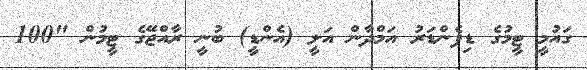
ގައުމީ ޓީމުގެ ޑިފެންޑަރު އަމްދާން އަލީ (އެންޑީ) ބުނީ ރާއްޖޭގެ ޓީމުން "100